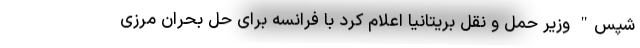
شپس" وزیر حمل و نقل بریتانیا اعلام کرد با فرانسه برای حل بحران مرزی